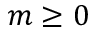
m \geq 0